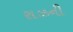
રાઝની